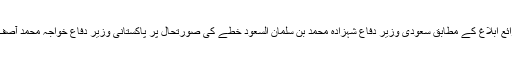
پاکستان کے سرکاری ذرائع ابلاغ کے مطابق سعودی وزیر دفاع شہزادہ محمد بن سلمان السعود خطے کی صورتحال پر پاکستانی وزیر دفاع خواجہ محمد آصف سے ملاقات کریں گے۔